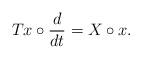
LaTeX: \begin{align*}Tx \circ \frac{d}{dt} = X \circ x.\end{align*}